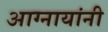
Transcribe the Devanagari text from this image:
आग्नायांनी